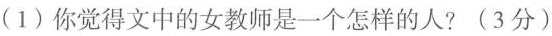
(1)你觉得文中的女教师是一个怎样的人?(3分)